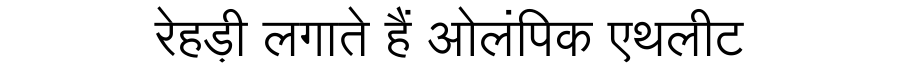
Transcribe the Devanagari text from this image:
रेहड़ी लगाते हैं ओलंपिक एथलीट